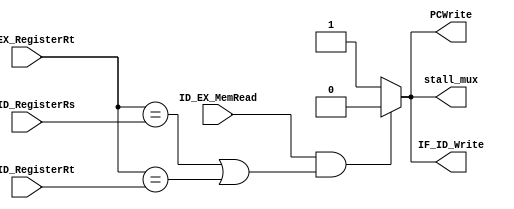
module Hazard_detect_unit(
	input ID_EX_MemRead, //MemRead_ID_out
	input [4:0] ID_EX_RegisterRt,
	input [4:0] IF_ID_RegisterRt,
	input [4:0] IF_ID_RegisterRs,
	output reg PCWrite, //PCWrite
	output reg IF_ID_Write, //IF_ID_Write
	output reg stall_mux //stall_mux
);


always@*
begin
	if(ID_EX_MemRead & ((ID_EX_RegisterRt == IF_ID_RegisterRs) | (ID_EX_RegisterRt == IF_ID_RegisterRt)))
		
		begin
				PCWrite = 0;
				IF_ID_Write = 0;
				stall_mux=0;
		end
		
		else
		
		begin
				PCWrite = 1;
				IF_ID_Write = 1;
				stall_mux = 1;
		end
end
endmodule